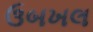
ઉબખલ